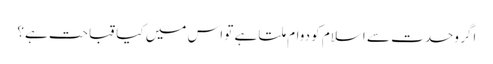
اگر وحدت سے اسلام کو دوام ملتا ہے تو اس میں کیا قباحت ہے؟